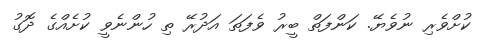
ކުށްވެރި ނުވެޔޭ. ކަންފަތް ބީރު ވެފަތަ އަދުރޭ ތި ހުންނެވީ ކުށެއްގެ ދޮގު